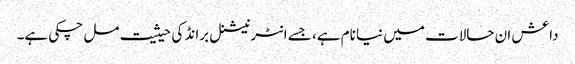
داعش ان حالات میں نیا نام ہے، جسے انٹرنیشنل برانڈ کی حیثیت مل چکی ہے۔